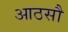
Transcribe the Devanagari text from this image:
आठसौ